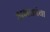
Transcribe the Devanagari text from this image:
अभक्तांचा